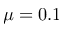
\mu = 0 . 1